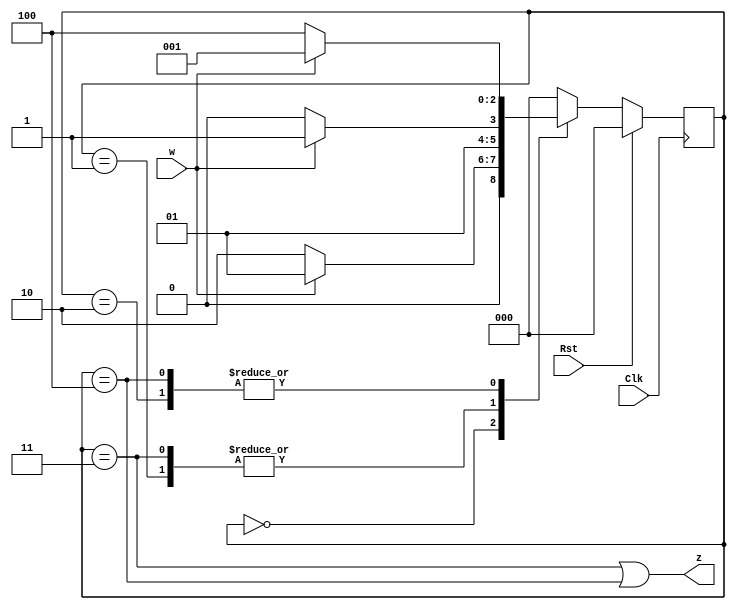
`timescale 1ns/1ns

module Seq_00_11(z, w, Clk, Rst);
	
	output z;
	input w, Clk, Rst;
	reg [2:0]Next_State, State;
	parameter A = 3'b000, B = 3'b001, C = 3'b010, D = 3'b011, E = 3'b100;
 
always@(w, State)

	case(State)
	A: Next_State = w ? B : C;
	B: Next_State = w ? D : C;
	C: Next_State = w ? B : E;
	D: Next_State = w ? D : C;
	E: Next_State = w ? B : E;
	default: Next_State = A;
	endcase


always@(posedge Clk)
	if(Rst) 
		State <= A;
	else 
		State <= Next_State;	

assign z = ((State == D) || (State == E));	

endmodule


module Seq_00_11_tb();

	wire z;
	reg w, Clk, Rst;


Seq_00_11 uut(z, w, Clk, Rst);

initial begin
	Rst = 1'b0;
	Clk = 1'b0;
	Rst = #10 1'b1;
	Rst = #20 1'b0;
end

always #5 Clk = ~Clk;

initial begin	
	w = #30 1'b0;
	w = #40 1'b1;
	w = #50 1'b0;
	w = #60 1'b0;
	w = #70 1'b0;
	w = #80 1'b1;
	w = #90 1'b1;
	w = #100 1'b1;

end

endmodule